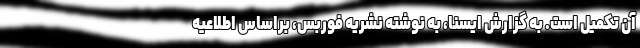
آن تکمیل است. به گزارش ایسنا، به نوشته نشریه فوربس، براساس اطلاعیه